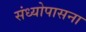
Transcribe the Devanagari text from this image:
संध्योपासना